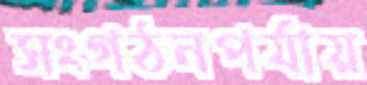
সংগঠনপর্যায়